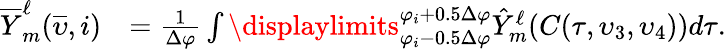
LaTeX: \begin{array}{rl}{\overline{{Y}}_{m}^{\ell}(\overline{{\upsilon}},i)}&{=\frac{1}{\Delta\varphi}\int\displaylimits_{\varphi_{i}-0.5\Delta\varphi}^{\varphi_{i}+0.5\Delta\varphi}\hat{Y}_{m}^{\ell}(C(\tau,\upsilon_{3},\upsilon_{4}))d\tau.}\end{array}